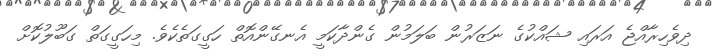
ދިވެހިރާއްޖެ އަރައި ޝައްކުގެ ނަޒަރުން ބަލަމުން ގެންދާކަމީ އެނގޭންއޮތް ހަގީގަތެކެވެ. މިހަގީގަތް ގަބޫލުކޮށް